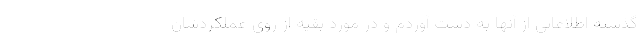
گذشته اطلاعاتی از آنها به دست آوردم و در مورد بقیه از روی عملکردشان